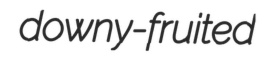
downy-fruited